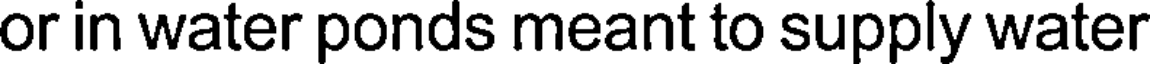
or in water ponds meant to supply water